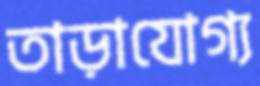
তাড়াযোগ্য